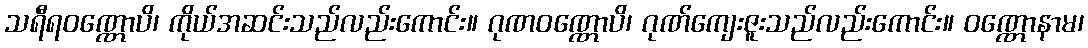
သရီရဝဏ္ဏောပိ၊ ကိုယ်အဆင်းသည်လည်းကောင်း။ ဂုဏဝဏ္ဏောပိ၊ ဂုဏ်ကျေးဇူးသည်လည်းကောင်း။ ဝဏ္ဏောနာမ၊